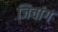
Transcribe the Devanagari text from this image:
जिचांग